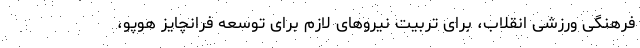
فرهنگی ورزشی انقلاب، برای تربیت نیروهای لازم برای توسعه فرانچایز هوپو،